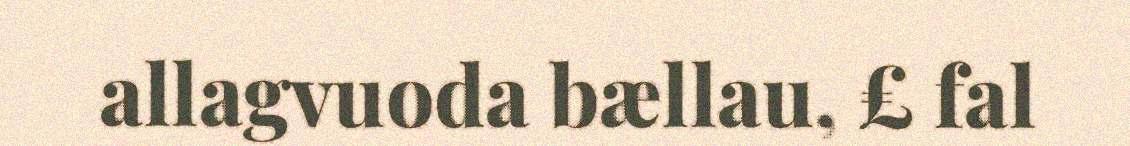
allagvuoda bællau, £ fal